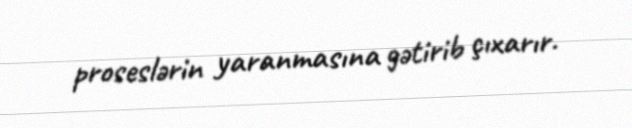
proseslərin yaranmasına gətirib çıxarır.